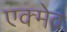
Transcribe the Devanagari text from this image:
एक्मेव